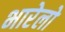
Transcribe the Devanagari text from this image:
भारेलो